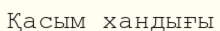
Қасым хандығы